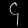
Digit: ၄